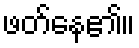
ဖတ်နေ၏။